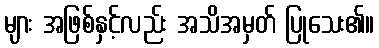
များ အဖြစ်နှင့်လည်း အသိအမှတ် ပြုသေး၏။